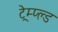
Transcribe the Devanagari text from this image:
ट्रेम्प्ल्ड